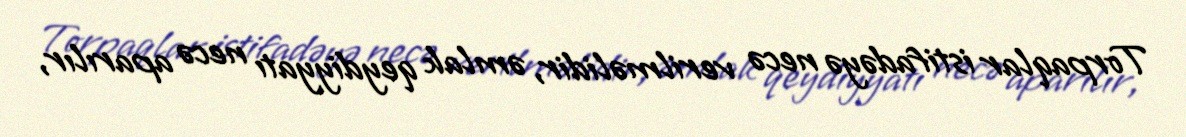
Torpaqlar istifadəyə necə verilməlidir, əmlak qeydiyyatı necə aparılır,